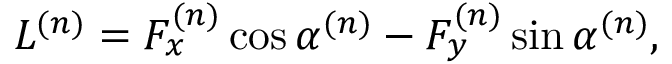
L ^ { ( n ) } = F _ { x } ^ { ( n ) } \cos { \alpha ^ { ( n ) } } - F _ { y } ^ { ( n ) } \sin { \alpha ^ { ( n ) } } ,